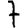
Digit: 7